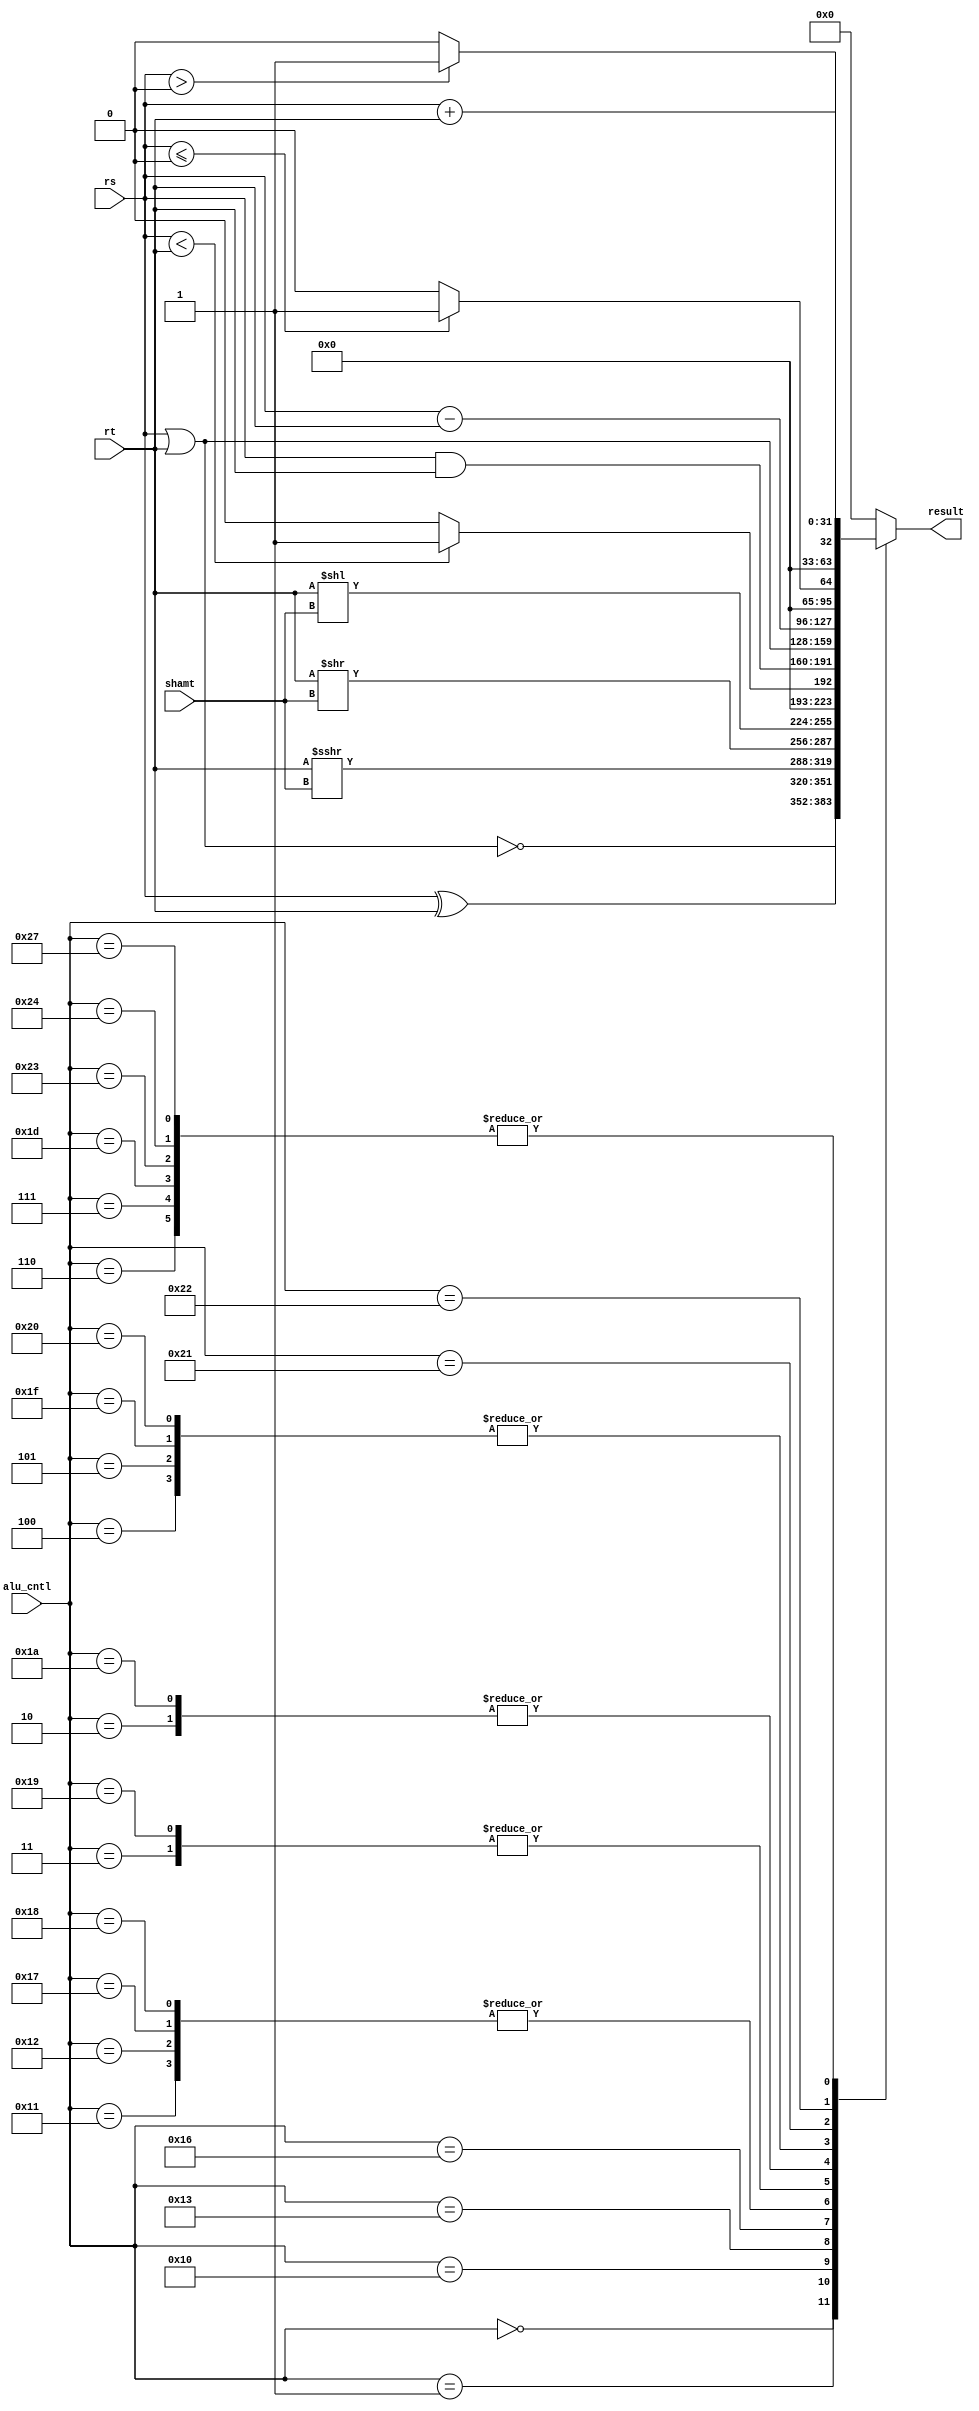
`timescale 1ns / 1ps
//////////////////////////////////////////////////////////////////////////////////
// Company: 
// Engineer: 
// 
// Design Name: 
// Module Name: ALU
// Project Name: 
// Target Devices: 
// Tool Versions: 
// Description: 
// 
// Dependencies: 
// 
// Revision:
// Revision 0.01 - File Created
// Additional Comments:
// 
//////////////////////////////////////////////////////////////////////////////////


module ALU(rs, rt, alu_cntl, shamt, result);


input[31:0] rs,rt;
input[5:0] alu_cntl;
input[4:0] shamt;

output reg[31:0] result;



always@(*) begin
    case(alu_cntl) 
        6'h00: result =  ~(rs | rt) ;
        6'h01: result = (rs ^ rt);
        6'h02: result = rs | rt;
        6'h03: result = rs & rt;
        6'h04: result = rs - rt;
        6'h05: result = rs - rt;
        6'h06: result = rs + rt;
        6'h07: result = rs + rt;
        6'h10: result = rt >>> shamt;
        6'h11: result = (rs < rt)? 32'h00000001: 32'h00000000;
        6'h12: result = (rs < rt)? 32'h00000001: 32'h00000000;
        6'h13: result = rt >> shamt;
        6'h16: result = rt << shamt;
        6'h17: result = (rs < rt)? 32'h00000001: 32'h00000000;
        6'h18: result = (rs < rt)? 32'h00000001: 32'h00000000;
        6'h19: result = rs & rt;
        6'h1A: result = rs | rt;
        6'h1D: result = rs + rt;
        6'h1F: result = rs - rt;
        6'h20: result = rs - rt;
        6'h21: result = (rs <= 32'h00000000)? 32'h00000001: 32'h00000000;
        6'h22: result = (rs > 32'h00000000)?  32'h00000001: 32'h00000000;
        6'h23: result = rs + rt;
        6'h24: result = rs + rt;
        6'h27: result = rs + rt;
        default: result = 32'h00000000;
    endcase
    
    
    

end 




endmodule